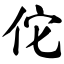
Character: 佗